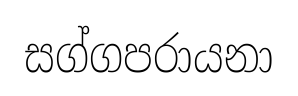
සග්ගපරායනා